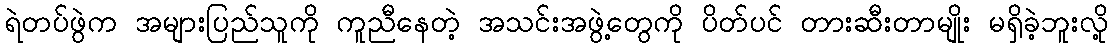
ရဲတပ်ဖွဲက အများပြည်သူကို ကူညီနေတဲ့ အသင်းအဖွဲ့တွေကို ပိတ်ပင် တားဆီးတာမျိုး မရှိခဲ့ဘူးလို့